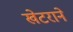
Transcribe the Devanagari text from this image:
खेटराने